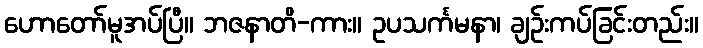
ဟောတော်မူအပ်ပြီ။ ဘဇနာတိ-ကား။ ဥပသင်္ကမနာ၊ ချဉ်းကပ်ခြင်းတည်း။